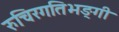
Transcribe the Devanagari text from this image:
रुचिरगतिभङ्गी